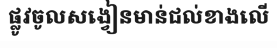
ផ្លូវចូលសង្វៀនមាន់ជល់ខាងលើ